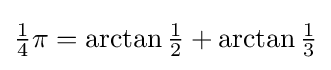
{\textstyle {\tfrac {1}{4}}\pi =\arctan {\tfrac {1}{2}}+\arctan {\tfrac {1}{3}}}